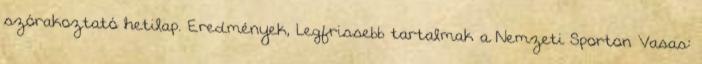
szórakoztató hetilap. Eredmények, Legfrissebb tartalmak a Nemzeti Sporton Vasas: